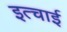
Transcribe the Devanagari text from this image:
इत्चाई